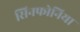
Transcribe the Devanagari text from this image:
सिनफोनिया